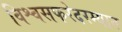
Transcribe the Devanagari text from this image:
विश्वसफरेदरम्यान